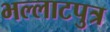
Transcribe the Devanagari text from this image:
भल्लाटपुत्र